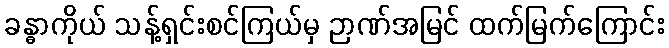
ခန္ဓာကိုယ် သန့်ရှင်းစင်ကြယ်မှ ဉာဏ်အမြင် ထက်မြက်ကြောင်း